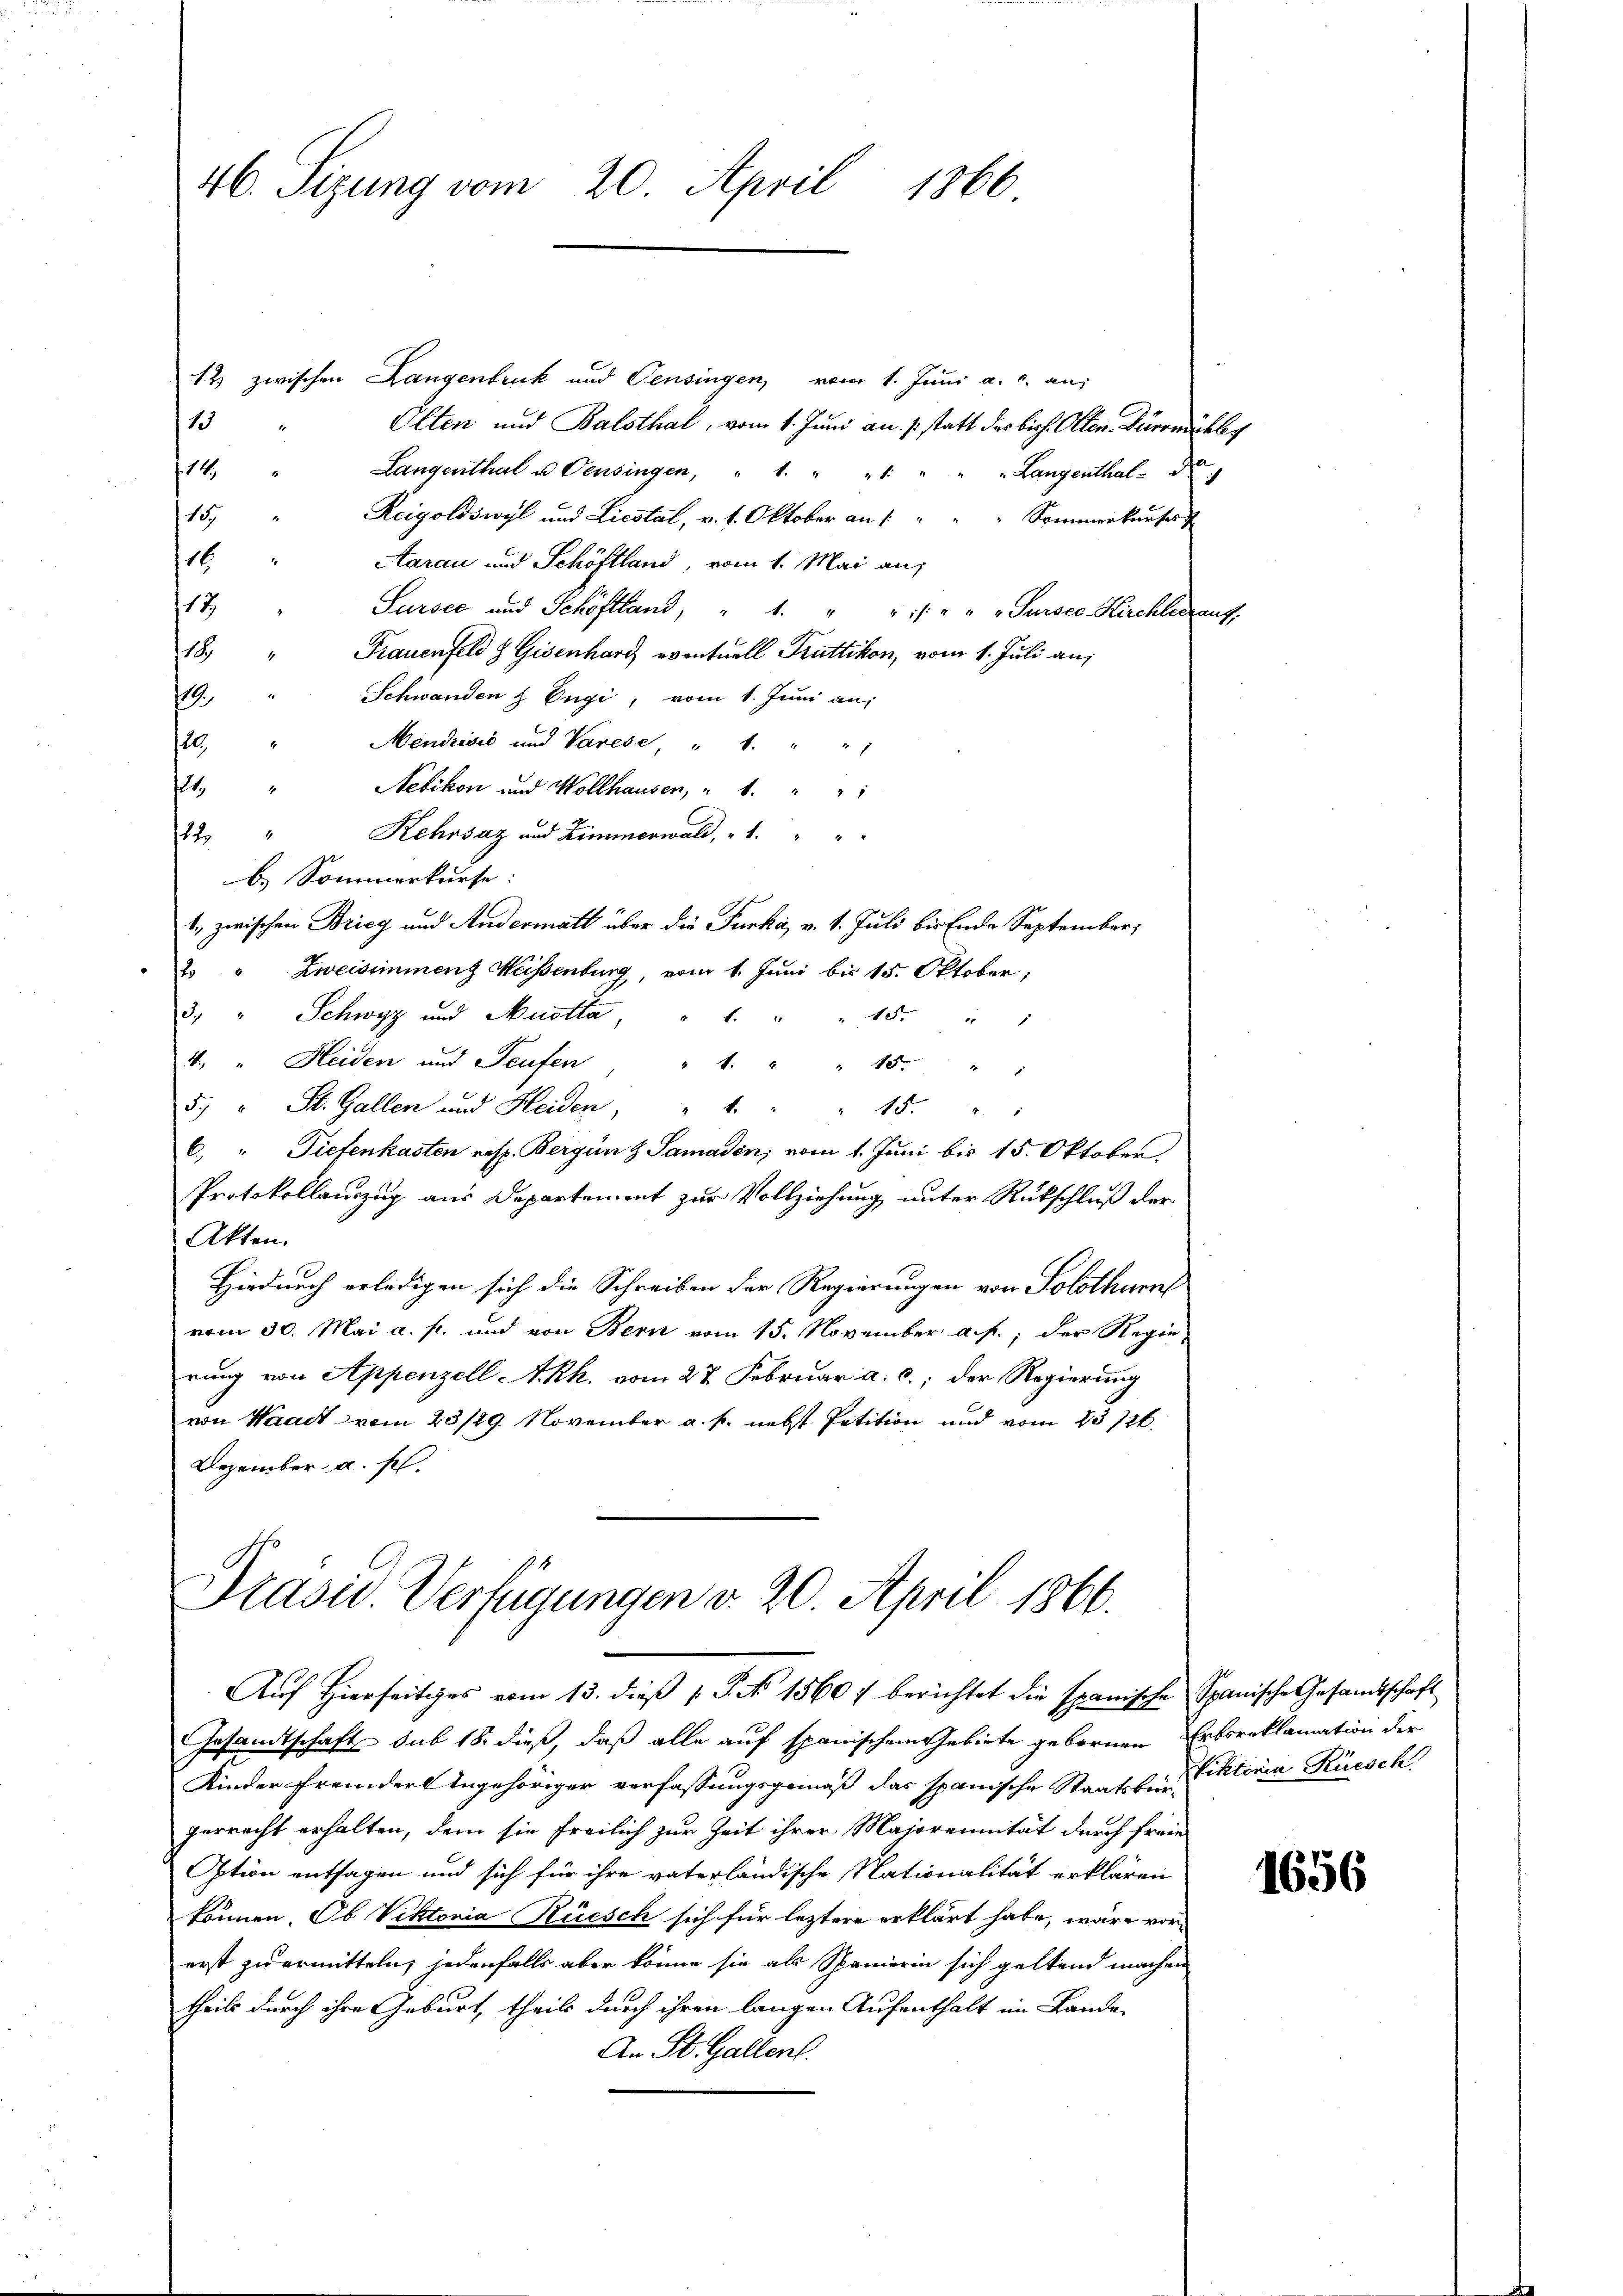
46. Sizung vom 20. April 1866

12 zwischen Langenbruck und Pensingen, vom 1. Juni a. c. an:
115
Olten und Balsthal, vom 1. Juni an (statt des biss. Otten. Dürrmächler
14,
Langenthal u. Pensingen, " 1. " " " " " " Langenthal d
11
Reigoldswyl und Liestal, v. 1. Oktober an 1 " " " Sommerkaufer
16. " Aarau und Schöftland, vom 1. Mai an:
13
Sursee und Schöftland, " 1. " " " " " Sursee Kirchlerauf,
118
Frauenfeld  Gisenhard eventuell Truttikon, vom 1. Juli an:
Schwanden z Engi, vom 1. Juni an:
19.
120.
Mendrisić und Varese, " " " " "
1.
Netikon und Wollhausen, " " " " "
Kehrsaz und Zimmerwald, 1. " "
22.
b. Sommerkurse:
1. zwischen Brieg und Andermatt über die Furka, v. 1. Juli bis Ende September,
2 " Zweisimmenz Weisenburg, vom 1. Juni bis 15. Oktober,
3. " Schwyz und Muetta, " " " " 15. " "
4. " Heiden und Teufen
" 4. " " 15.
.
5. " St. Gallen und Heiden, " " " " 15. " "
C) " Tiefenkasten resp. Bergün Z Samadin; vom 1. Juni bis 15. Oktober.
Protokollauszug aus Departement zur Vollziehung unter Rückschluß der
Akten.
Hiedurch erledigen sich die Schreiben der Regierungen von Solothurn
vom 30. Mai a. f. und von Bern vom 15. November a. p., der Regierung von Appenzell A.Rh. vom 27. Februar a. c., der Regierung
von Waadt vom 23/29. November a. p. nebst Petition und vom 23/26.
Dezember a. f.

Prasiv. Verfügungen v. 20. April 1866.
Auf Hierseitiges vom 13. dieß P. Nr. 15607 berichtet die spanische Spanische Gesandtschaft

Gesandtschaft sub 18. dieß, daß alle auf spanischem Gebiete gebornen Erbsreklamation der
Kinder Fremder Angehöriger verfassungsgemäß das spanische Staatsbeiktoria Rüesch
gerrecht erhalten, dem sie freilich zur Zeit ihrer Majorennität durch freie
Option entsagen und sich für ihre vaterländische Nationalität erklären
können. Ob Viktoria Rüesch sich für leztere erklärt habe, wäre vorerst zu ermitteln, jedenfalls aber könne sie als Spanierin sich geltend machen
theils durch ihre Geburt, theils durch ihren langen Aufenthalt im Lande
An St. Gallent.

1656